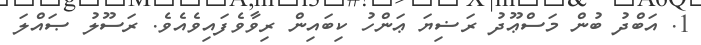
1. އަބްދު ބުން މަސްޢޫދު ރަޟިޔަ ޢަންހު ކިބައިން ރިވާވެފައިވެއެވެ. ރަސޫލު ޞައްލަ